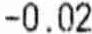
-0.02